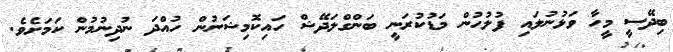
ބިދޭސީ މީހާ ވަޅުނުލައި ފުލުހުން މަޑުކުރަނީ ބަންގްލަދޭޝް ހައިކޮމިޝަނުން ހުއްދަ ނުދިނުމުން ކަމަށެވެ.